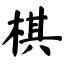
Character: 棋